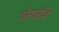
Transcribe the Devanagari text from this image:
जोगाईचे